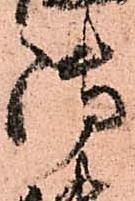
御